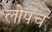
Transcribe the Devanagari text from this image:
लोपच